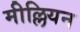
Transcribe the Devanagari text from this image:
मील्लियन